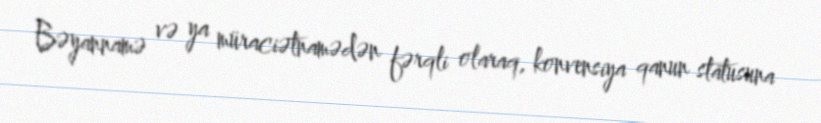
Bəyannamə və ya müraciətnamədən fərqli olaraq, konvensiya qanun statusuna